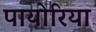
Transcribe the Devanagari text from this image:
पायोरिया